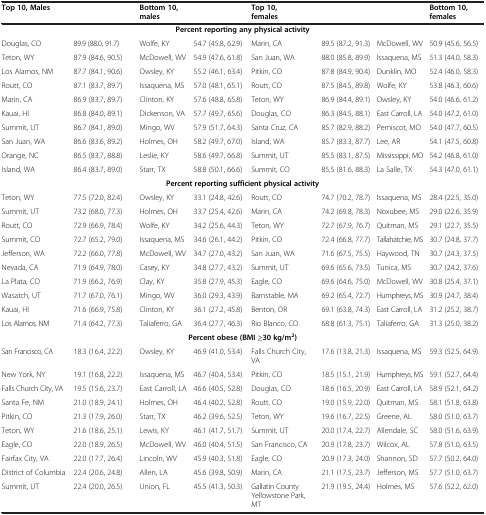
<table><thead><tr><td colspan="2"><b>Top 10, Males</b></td><td colspan="2"><b>Bottom 10, males</b></td><td colspan="3"><b>Top 10, females</b></td><td><b>Bottom 10, females</b></td></tr></thead><tbody><tr><td colspan="8"><b>Percent reporting any physical activity</b></td></tr><tr><td>Douglas, CO</td><td>89.9 (88.0, 91.7)</td><td>Wolfe, KY</td><td>54.7 (45.8, 62.9)</td><td>Marin, CA</td><td>89.5 (87.2, 91.3)</td><td>McDowell, WV</td><td>50.9 (45.6, 56.5)</td></tr><tr><td>Teton, WY</td><td>87.9 (84.6, 90.5)</td><td>McDowell, WV</td><td>54.9 (47.6, 61.8)</td><td>San Juan, WA</td><td>88.0 (85.8, 89.9)</td><td>Issaquena, MS</td><td>51.3 (44.0, 58.3)</td></tr><tr><td>Los Alamos, NM</td><td>87.7 (84.1, 90.6)</td><td>Owsley, KY</td><td>55.2 (46.1, 63.4)</td><td>Pitkin, CO</td><td>87.8 (84.9, 90.4)</td><td>Dunklin, MO</td><td>52.4 (46.0, 58.3)</td></tr><tr><td>Routt, CO</td><td>87.1 (83.7, 89.7)</td><td>Issaquena, MS</td><td>57.0 (48.1, 65.1)</td><td>Routt, CO</td><td>87.5 (84.5, 89.8)</td><td>Wolfe, KY</td><td>53.8 (46.3, 60.6)</td></tr><tr><td>Marin, CA</td><td>86.9 (83.7, 89.7)</td><td>Clinton, KY</td><td>57.6 (48.8, 65.8)</td><td>Teton, WY</td><td>86.9 (84.4, 89.1)</td><td>Owsley, KY</td><td>54.0 (46.6, 61.2)</td></tr><tr><td>Kauai, HI</td><td>86.8 (84.0, 89.1)</td><td>Dickenson, VA</td><td>57.7 (49.7, 65.6)</td><td>Douglas, CO</td><td>86.3 (84.5, 88.1)</td><td>East Carroll, LA</td><td>54.0 (47.2, 61.0)</td></tr><tr><td>Summit, UT</td><td>86.7 (84.1, 89.0)</td><td>Mingo, WV</td><td>57.9 (51.7, 64.3)</td><td>Santa Cruz, CA</td><td>85.7 (82.9, 88.2)</td><td>Pemiscot, MO</td><td>54.0 (47.7, 60.5)</td></tr><tr><td>San Juan, WA</td><td>86.6 (83.6, 89.2)</td><td>Holmes, OH</td><td>58.2 (49.7, 67.0)</td><td>Island, WA</td><td>85.7 (83.3, 87.7)</td><td>Lee, AR</td><td>54.1 (47.5, 60.8)</td></tr><tr><td>Orange, NC</td><td>86.5 (83.7, 88.8)</td><td>Leslie, KY</td><td>58.6 (49.7, 66.8)</td><td>Summit, UT</td><td>85.5 (83.1, 87.5)</td><td>Mississippi, MO</td><td>54.2 (46.8, 61.0)</td></tr><tr><td>Island, WA</td><td>86.4 (83.7, 89.0)</td><td>Starr, TX</td><td>58.8 (50.1, 66.6)</td><td>Summit, CO</td><td>85.5 (81.6, 88.3)</td><td>La Salle, TX</td><td>54.3 (47.0, 61.1)</td></tr><tr><td colspan="8"><b>Percent reporting sufficient physical activity</b></td></tr><tr><td>Teton, WY</td><td>77.5 (72.0, 82.4)</td><td>Owsley, KY</td><td>33.1 (24.8, 42.6)</td><td>Routt, CO</td><td>74.7 (70.2, 78.7)</td><td>Issaquena, MS</td><td>28.4 (22.5, 35.0)</td></tr><tr><td>Summit, UT</td><td>73.2 (68.0, 77.3)</td><td>Holmes, OH</td><td>33.7 (25.4, 42.6)</td><td>Marin, CA</td><td>74.2 (69.8, 78.3)</td><td>Noxubee, MS</td><td>29.0 (22.6, 35.9)</td></tr><tr><td>Routt, CO</td><td>72.9 (66.9, 78.4)</td><td>Wolfe, KY</td><td>34.2 (25.6, 44.3)</td><td>Teton, WY</td><td>72.7 (67.9, 76.7)</td><td>Quitman, MS</td><td>29.1 (22.7, 35.5)</td></tr><tr><td>Summit, CO</td><td>72.7 (65.2, 79.0)</td><td>Issaquena, MS</td><td>34.6 (26.1, 44.2)</td><td>Pitkin, CO</td><td>72.4 (66.8, 77.7)</td><td>Tallahatchie, MS</td><td>30.7 (24.8, 37.7)</td></tr><tr><td>Jefferson, WA</td><td>72.2 (66.0, 77.8)</td><td>McDowell, WV</td><td>34.7 (27.0, 43.2)</td><td>San Juan, WA</td><td>71.6 (67.5, 75.5)</td><td>Haywood, TN</td><td>30.7 (24.3, 37.5)</td></tr><tr><td>Nevada, CA</td><td>71.9 (64.9, 78.0)</td><td>Casey, KY</td><td>34.8 (27.7, 43.2)</td><td>Summit, UT</td><td>69.6 (65.6, 73.5)</td><td>Tunica, MS</td><td>30.7 (24.2, 37.6)</td></tr><tr><td>La Plata, CO</td><td>71.9 (66.2, 76.9)</td><td>Clay, KY</td><td>35.8 (27.9, 45.3)</td><td>Eagle, CO</td><td>69.6 (64.6, 75.0)</td><td>McDowell, WV</td><td>30.8 (25.4, 37.1)</td></tr><tr><td>Wasatch, UT</td><td>71.7 (67.0, 76.1)</td><td>Mingo, WV</td><td>36.0 (29.3, 43.9)</td><td>Barnstable, MA</td><td>69.2 (65.4, 72.7)</td><td>Humphreys, MS</td><td>30.9 (24.7, 38.4)</td></tr><tr><td>Kauai, HI</td><td>71.6 (66.9, 75.8)</td><td>Clinton, KY</td><td>36.1 (27.2, 45.8)</td><td>Benton, OR</td><td>69.1 (63.8, 74.3)</td><td>East Carroll, LA</td><td>31.2 (25.2, 38.7)</td></tr><tr><td>Los Alamos, NM</td><td>71.4 (64.2, 77.3)</td><td>Taliaferro, GA</td><td>36.4 (27.7, 46.3)</td><td>Rio Blanco, CO</td><td>68.8 (61.3, 75.1)</td><td>Taliaferro, GA</td><td>31.3 (25.0, 38.2)</td></tr><tr><td colspan="8"><b>Percent obese (BMI ≥30 kg/m</b><sup>2</sup><b>)</b></td></tr><tr><td>San Francisco, CA</td><td>18.3 (16.4, 22.2)</td><td>Owsley, KY</td><td>46.9 (41.0, 53.4)</td><td>Falls Church City, VA</td><td>17.6 (13.8, 21.3)</td><td>Issaquena, MS</td><td>59.3 (52.5, 64.9)</td></tr><tr><td>New York, NY</td><td>19.1 (16.8, 22.2)</td><td>Issaquena, MS</td><td>46.7 (40.4, 53.4)</td><td>Pitkin, CO</td><td>18.5 (15.1, 21.9)</td><td>Humphreys, MS</td><td>59.1 (52.7, 64.4)</td></tr><tr><td>Falls Church City, VA</td><td>19.5 (15.6, 23.7)</td><td>East Carroll, LA</td><td>46.6 (40.5, 52.8)</td><td>Douglas, CO</td><td>18.6 (16.5, 20.9)</td><td>East Carroll, LA</td><td>58.9 (52.1, 64.2)</td></tr><tr><td>Santa Fe, NM</td><td>21.0 (18.9, 24.1)</td><td>Holmes, OH</td><td>46.4 (40.2, 52.8)</td><td>Routt, CO</td><td>19.0 (15.9, 22.0)</td><td>Quitman, MS</td><td>58.1 (51.8, 63.8)</td></tr><tr><td>Pitkin, CO</td><td>21.3 (17.9, 26.0)</td><td>Starr, TX</td><td>46.2 (39.6, 52.5)</td><td>Teton, WY</td><td>19.6 (16.7, 22.5)</td><td>Greene, AL</td><td>58.0 (51.0, 63.7)</td></tr><tr><td>Teton, WY</td><td>21.6 (18.6, 25.1)</td><td>Lewis, KY</td><td>46.1 (41.7, 51.7)</td><td>Summit, UT</td><td>20.0 (17.4, 22.7)</td><td>Allendale, SC</td><td>58.0 (51.6, 63.9)</td></tr><tr><td>Eagle, CO</td><td>22.0 (18.9, 26.5)</td><td>McDowell, WV</td><td>46.0 (40.4, 51.5)</td><td>San Francisco, CA</td><td>20.9 (17.8, 23.7)</td><td>Wilcox, AL</td><td>57.8 (51.0, 63.5)</td></tr><tr><td>Fairfax City, VA</td><td>22.0 (17.7, 26.4)</td><td>Lincoln, WV</td><td>45.9 (40.3, 51.8)</td><td>Eagle, CO</td><td>20.9 (17.3, 24.0)</td><td>Shannon, SD</td><td>57.7 (50.2, 64.0)</td></tr><tr><td>District of Columbia</td><td>22.4 (20.6, 24.8)</td><td>Allen, LA</td><td>45.6 (39.8, 50.9)</td><td>Marin, CA</td><td>21.1 (17.5, 23.7)</td><td>Jefferson, MS</td><td>57.7 (51.0, 63.7)</td></tr><tr><td>Summit, UT</td><td>22.4 (20.0, 26.5)</td><td>Union, FL</td><td>45.5 (41.3, 50.3)</td><td>Gallatin County Yellowstone Park, MT</td><td>21.9 (19.5, 24.4)</td><td>Holmes, MS</td><td>57.6 (52.2, 62.0)</td></tr></tbody></table>